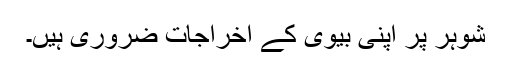
شوہر پر اپنی بیوی کے اخراجات ضروری ہیں۔